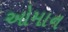
ઓમાન